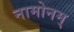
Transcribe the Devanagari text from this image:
नामोनम्